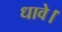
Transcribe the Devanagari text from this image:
धावे।